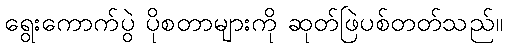
ရွေးကောက်ပွဲ ပိုစတာများကို ဆုတ်ဖြဲပစ်တတ်သည်။